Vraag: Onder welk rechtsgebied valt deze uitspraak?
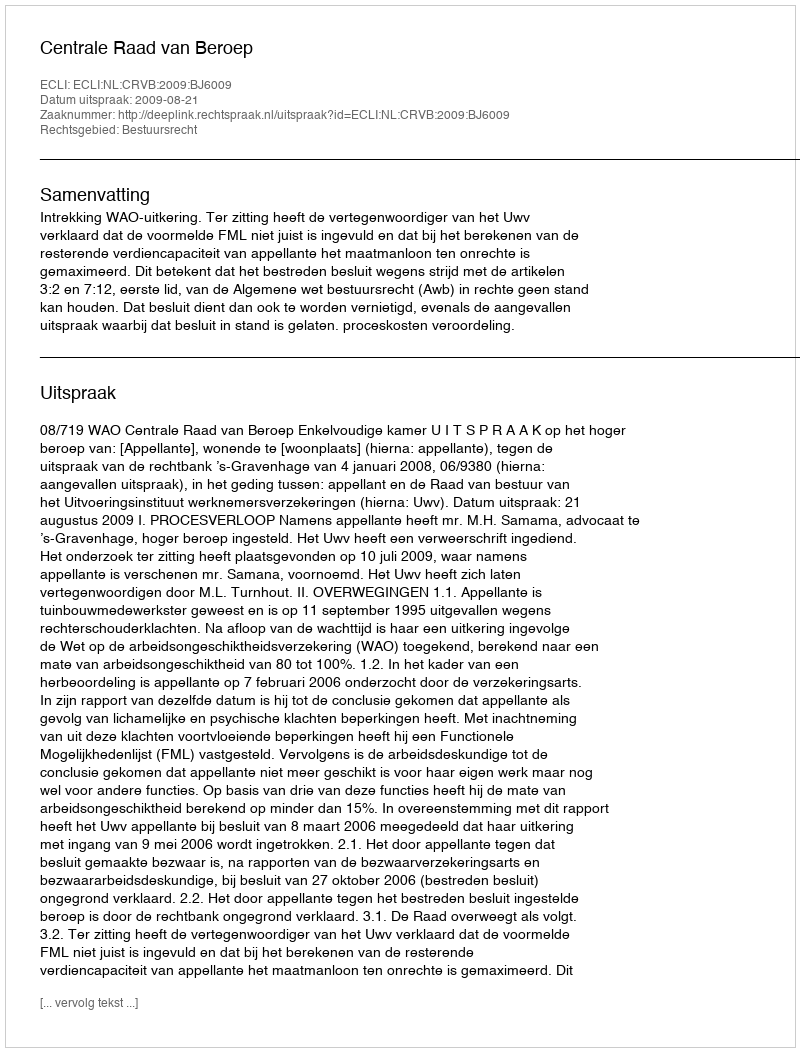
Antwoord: Bestuursrecht